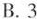
B.3